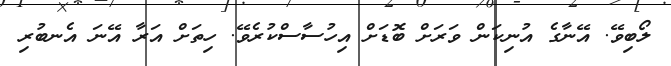
ލޯބިވޭ. އޭނާގެ އުނިކަން ވަރަށް ބޮޑަށް އިހުސާސްކުރެވޭ. ހިތަށް އަރާ އޭނަ އެނބުރި